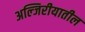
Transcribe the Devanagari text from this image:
अल्जिरीयातील